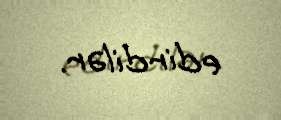
edirdilər.